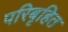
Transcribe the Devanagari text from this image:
परिबृहित